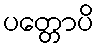
ပတ္တောပိ